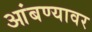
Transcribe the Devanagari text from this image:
आंबण्यावर